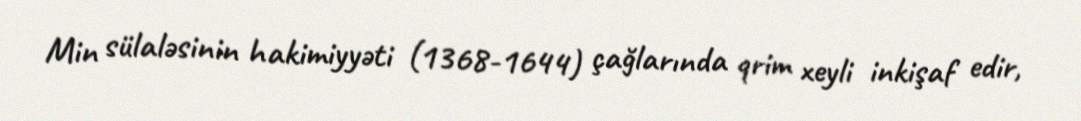
Min sülaləsinin hakimiyyəti (1368-1644) çağlarında qrim xeyli inkişaf edir,